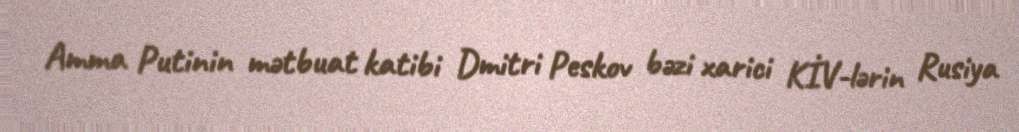
Amma Putinin mətbuat katibi Dmitri Peskov bəzi xarici KİV-lərin Rusiya